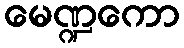
မေဏ္ဍကော